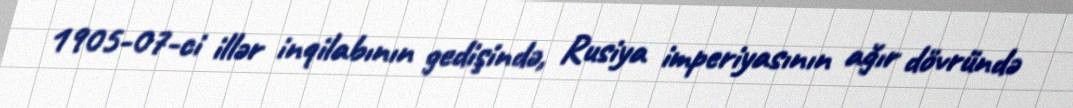
1905-07-ci illər inqilabının gedişində, Rusiya imperiyasının ağır dövründə